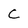
Character: C